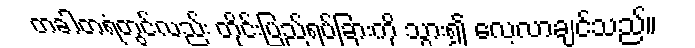
တခါတရံတွင်လည်း တိုင်းပြည်ရပ်ခြားကို သွား၍ လေ့လာချင်သည်။